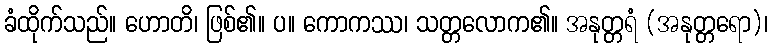
ခံထိုက်သည်။ ဟောတိ၊ ဖြစ်၏။ ပ။ ကောကဿ၊ သတ္တလောက၏။ အနုတ္တရံ (အနုတ္တရော)၊